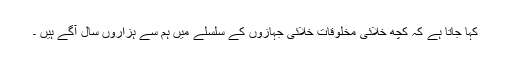
کہا جاتا ہے کہ کچھ خلائی مخلوقات خلائی جہازوں کے سلسلے میں ہم سے ہزاروں سال آگے ہیں ۔